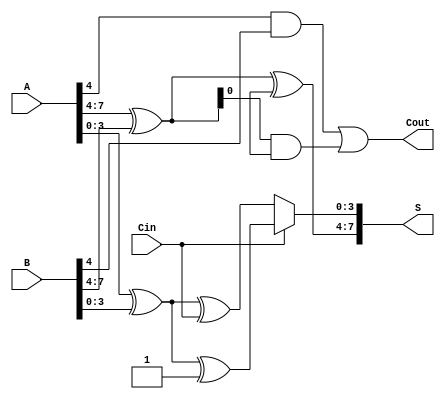
module CarrySelectAdder #(parameter N = 8, // Bit-width for inputs
                          M = 4) // Block size
(
    input [N-1:0] A,
    input [N-1:0] B,
    input Cin,
    output [N-1:0] S,
    output Cout
);

    // Number of blocks
    localparam num_blocks = N / M;
    
    // Intermediate signals
    wire [M-1:0] S0 [0:num_blocks-1]; // Sums for case Cin = 0
    wire [M-1:0] S1 [0:num_blocks-1]; // Sums for case Cin = 1
    wire C0 [0:num_blocks-1]; // Carry-outs for case Cin = 0
    wire C1 [0:num_blocks-1]; // Carry-outs for case Cin = 1
    wire G [0:num_blocks-1]; // Generate signals
    wire P [0:num_blocks-1]; // Propagate signals
    wire [num_blocks:0] C; // Carry chain
    
    // Carry lookahead for each block
    genvar i, j;
    
    // Generate and propagate logic for each block
    generate
        for (i = 0; i < num_blocks; i = i + 1) begin : block
            // Calculate the block inputs
            wire [M-1:0] A_block = A[i*M +: M];
            wire [M-1:0] B_block = B[i*M +: M];
            
            assign G[i] = A_block & B_block; // Generate
            assign P[i] = A_block ^ B_block; // Propagate
            
            // Sum calculation for Cin = 0
            assign S0[i] = A_block ^ B_block ^ (i == 0 ? Cin : C[i-1]);
            // Sum calculation for Cin = 1
            assign S1[i] = A_block ^ B_block ^ (i == 0 ? 1'b1 : C[i-1]);
            
            // Carry out calculation
            assign C0[i] = G[i] | (P[i] & (i == 0 ? Cin : C[i-1]));
            assign C1[i] = G[i] | (P[i] & (i == 0 ? 1'b1 : C[i-1]));
        end
    endgenerate

    // Carry selection logic using a multiplexer
    generate
        for (i = 0; i < num_blocks; i = i + 1) begin : mux
            assign S[i*M +: M] = (Cin ? S1[i] : S0[i]);
            assign C[i+1] = (Cin ? C1[i] : C0[i]);
        end
    endgenerate

    // Final carry-out
    assign Cout = C[num_blocks];

endmodule